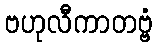
ဗဟုလီကာတဗ္ဗံ